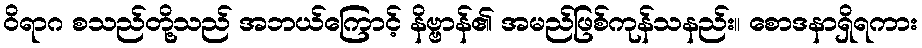
ဝိရာဂ စသည်တို့သည် အဘယ်ကြောင့် နိဗ္ဗာန်၏ အမည်ဖြစ်ကုန်သနည်း။ စောဒနာရှိရကား